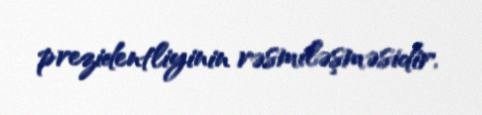
prezidentliyinin rəsmiləşməsidir.